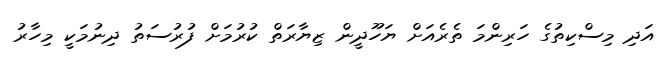
އަދި މިސްކިތުގެ ހަރިންމަ ތެރެއަށް ޔަހޫދީން ޒިޔާރަތް ކުރުމަށް ފުރުސަތު ދިނުމަކީ މިހާރު